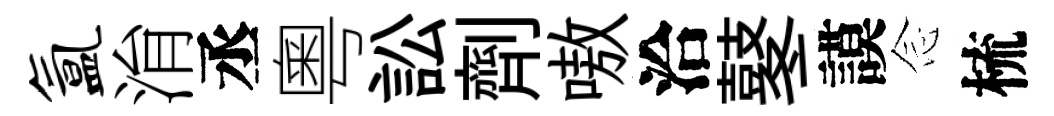
氲㳙丞粵訟劑嗷洽鼕謨𫝹梳